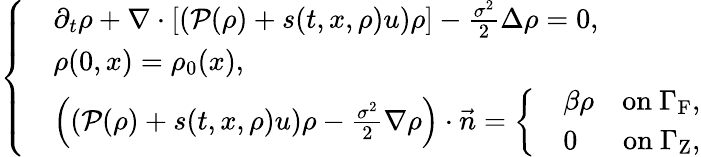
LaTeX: \left\{ \begin{array}{rl}&{\partial_{t}\rho+\nabla\cdot\left[\left(\mathcal{P}(\rho)+s(t,x,\rho)u\right)\rho\right]-\frac{\sigma^{2}}{2}\Delta\rho=0,}\\ &{\rho(0,x)=\rho_{0}(x),}\\ &{\left(\left(\mathcal{P}(\rho)+s(t,x,\rho)u\right)\rho-\frac{\sigma^{2}}{2}\nabla\rho\right)\cdot\vec{n}=\left\{ \begin{array}{rlr}&{\beta\rho}&{\mathrm{on~}\Gamma_{\mathrm{F}},}\\ &{0}&{\mathrm{on~}\Gamma_{\mathrm{Z}},}\end{array}\right.}\end{array}\right.